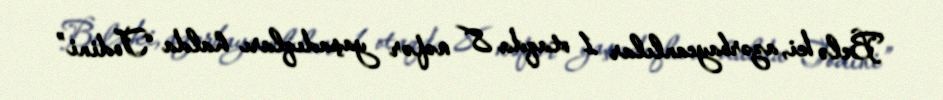
Belə ki, azərbaycanlılar 1 otaqda 8 nəfər yaşadıqları halda “Todini”